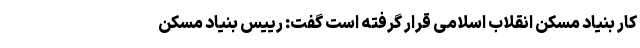
کار بنیاد مسکن انقلاب اسلامی قرار گرفته است گفت: رییس بنیاد مسکن